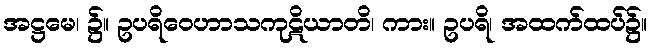
အဋ္ဌမေ၊ ၌။ ဥပရိဝေဟာသကုဋိယာတိ၊ ကား။ ဥပရိ၊ အထက်ထပ်၌။